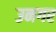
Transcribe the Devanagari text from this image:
उनगर